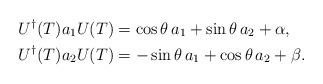
\begin{align*}\begin{aligned}U^{\dagger}(T)a_1 U(T)&=\cos \theta\,a_1+\sin \theta\,a_2+\alpha,\\U^{\dagger}(T)a_2 U(T)&=-\sin \theta\,a_1+\cos \theta\,a_2 +\beta.\end{aligned}\end{align*}